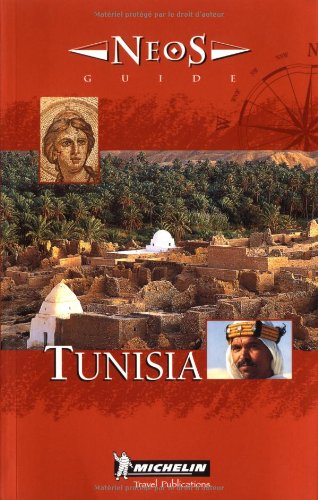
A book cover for Michelin NEOS Guide Tunisia, 1e (NEOS Guide); Michelin Travel Publications; Travel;